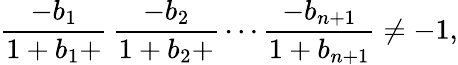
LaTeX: {\frac{-b_{1}}{1+b_{1}+}}\, {\frac{-b_{2}}{1+b_{2}+}}\cdots{\frac{-b_{n+1}}{1+b_{n+1}}}\neq-1,